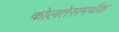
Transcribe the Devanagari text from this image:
कोलतेसमर्थक